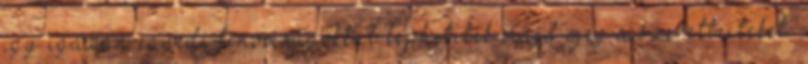
így igazán egyedi finomságokkal lephetitek majd meg a szeretteiteket.